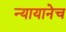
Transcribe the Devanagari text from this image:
न्यायानेच